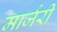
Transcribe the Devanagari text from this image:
मार्जरी